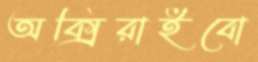
অক্সিরাইবো